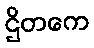
ဌိတကေ